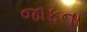
જાફના